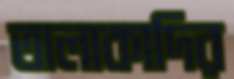
তালাকাদির